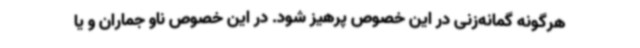
هرگونه گمانه‌زنی در این خصوص پرهیز شود. در این خصوص ناو جماران و یا